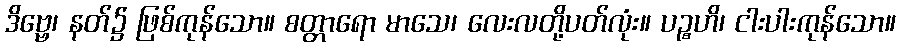
ဒိဗ္ဗေ၊ နတ်၌ ဖြစ်ကုန်သော။ စတ္တာရော မာသေ၊ လေးလတို့ပတ်လုံး။ ပဉ္စဟိ၊ ငါးပါးကုန်သော။